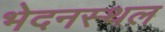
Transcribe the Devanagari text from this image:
भेदनस्थल